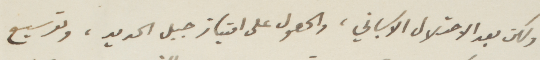
ولكن بعد الاحتلال الأسباني، والحصول على امتياز جبل الحديد، وتوسيع